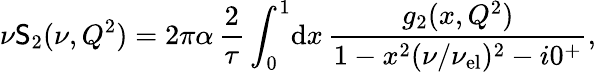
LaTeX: \nu\mathsf{S}_{2}(\nu,Q^{2})=2\pi\alpha\, \frac{{2}}{{\tau}}\int_{0}^{1}\! \mathrm{{d}}x\, \frac{{g_{2}(x,Q^{2})}}{{1-x^{2}(\nu/\nu_{\mathrm{{el}}})^{2}-i0^{+}}},